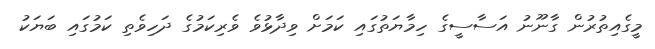
މީގެއިތުރުން ގާނޫނު އަސާސީގެ ހިމާޔަތުގައި ކަމަށް ވިދާޅުވެ ވެރިކަމުގެ ދަހިވެތި ކަމުގައި ބަޔަކު